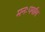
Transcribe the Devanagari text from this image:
मनःपर्याय